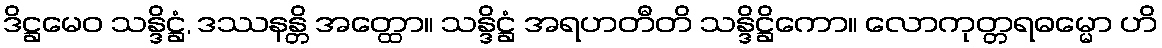
ဒိဋ္ဌမေဝ သန္ဒိဋ္ဌံ, ဒဿနန္တိ အတ္ထော။ သန္ဒိဋ္ဌံ အရဟတီတိ သန္ဒိဋ္ဌိကော။ လောကုတ္တရဓမ္မော ဟိ